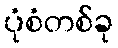
ပုံစံတစ်ခု